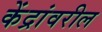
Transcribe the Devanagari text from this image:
केंद्रांवरील